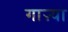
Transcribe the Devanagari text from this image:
गाऱ्या